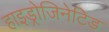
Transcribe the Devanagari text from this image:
हाइड्रोजिनेटिड